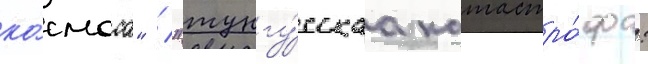
ко́смоса" / "тунгу́сскаа катастро́фа: